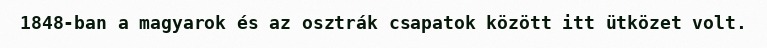
1848-ban a magyarok és az osztrák csapatok között itt ütközet volt.